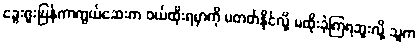
ခွေးရူးပြန်ကာကွယ်ဆေးက ဝယ်ထိုးရမှာကို မတတ်နိုင်လို့ မထိုးခဲ့ကြရဘူးလို့ သူက